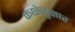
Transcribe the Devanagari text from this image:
कक्षेनुसार